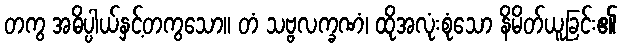
တကွ အဓိပ္ပါယ်နှင့်တကွသော။ တံ သဗ္ဗလက္ခဏံ၊ ထိုအလုံးစုံသော နိမိတ်ယူခြင်း၏